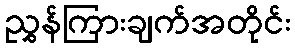
ညွှန်ကြားချက်အတိုင်း